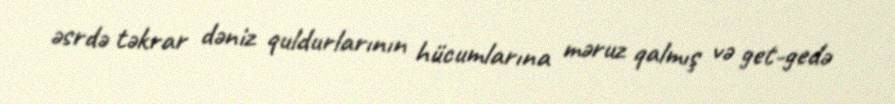
əsrdə təkrar dəniz quldurlarının hücumlarına məruz qalmış və get-gedə